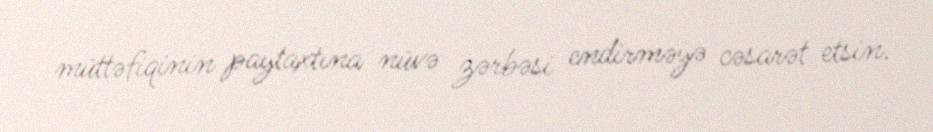
müttəfiqinin paytaxtına nüvə zərbəsi endirməyə cəsarət etsin.